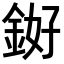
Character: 𬫓